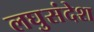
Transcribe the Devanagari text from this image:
लघुसंदेश